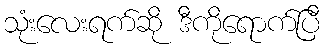
သုံးလေးရက်ဆို ဒီကိုရောက်ပြီ